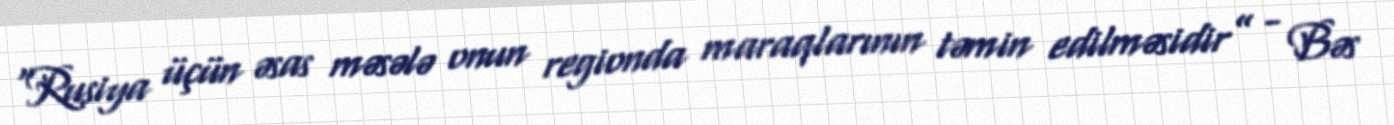
“Rusiya üçün əsas məsələ onun regionda maraqlarının təmin edilməsidir” - Bəs